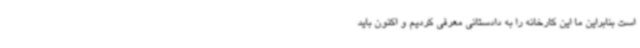
است بنابراین ما این کارخانه را به دادستانی معرفی کردیم و اکنون باید